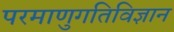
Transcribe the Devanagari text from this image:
परमाणुगतिविज्ञान